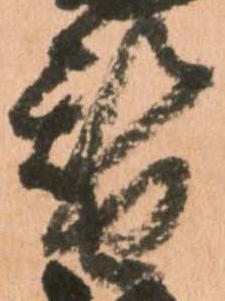
替